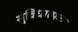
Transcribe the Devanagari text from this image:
सुविधात्मक